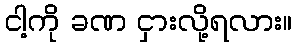
ငါ့ကို ခဏ ငှားလို့ရလား။